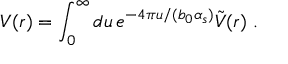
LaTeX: V ( r ) = \int _ { 0 } ^ { \infty } d u \, e ^ { - 4 \pi u / ( b _ { 0 } \alpha _ { s } ) } \tilde { V } ( r ) \; .